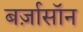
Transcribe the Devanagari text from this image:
बर्ज़ासॉन